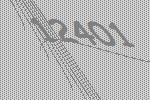
12401